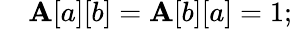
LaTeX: \quad\mathbf{A}[a][b]=\mathbf{A}[b][a]=1;